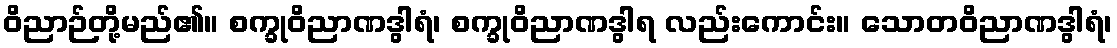
ဝိညာဉ်တို့မည်၏။ စက္ခုဝိညာဏဒွါရံ၊ စက္ခုဝိညာဏဒွါရ လည်းကောင်း။ သောတဝိညာဏဒွါရံ၊